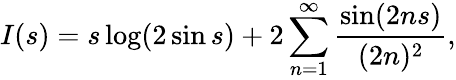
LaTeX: I(s)=s\log(2\sin s)+2\sum_{n=1}^{\infty}\frac{\sin(2ns)}{(2n)^{2}},